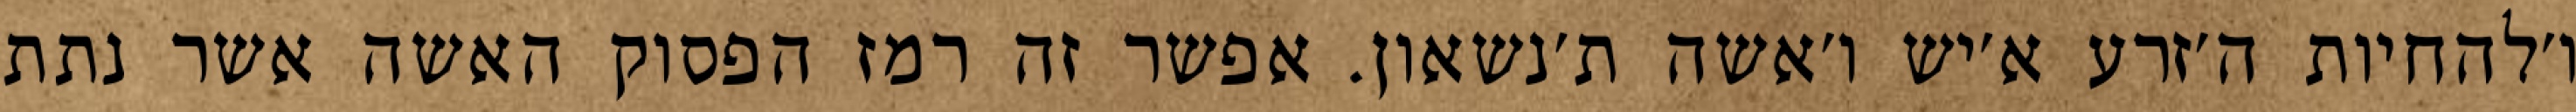
ו׳להחיות ה׳זרע א׳יש ו׳אשה ת׳נשאון. אפשר זה רמז הפסוק האשה אשר נתת